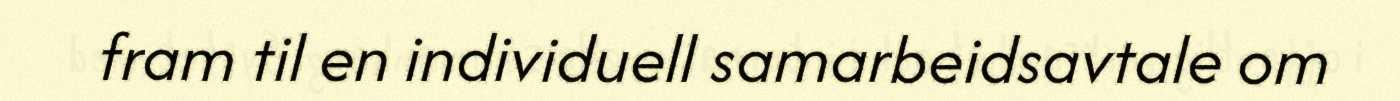
fram til en individuell samarbeidsavtale om